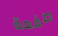
صفعة